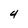
Character: 4